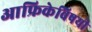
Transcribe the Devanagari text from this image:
आफ्रिकेविषयी